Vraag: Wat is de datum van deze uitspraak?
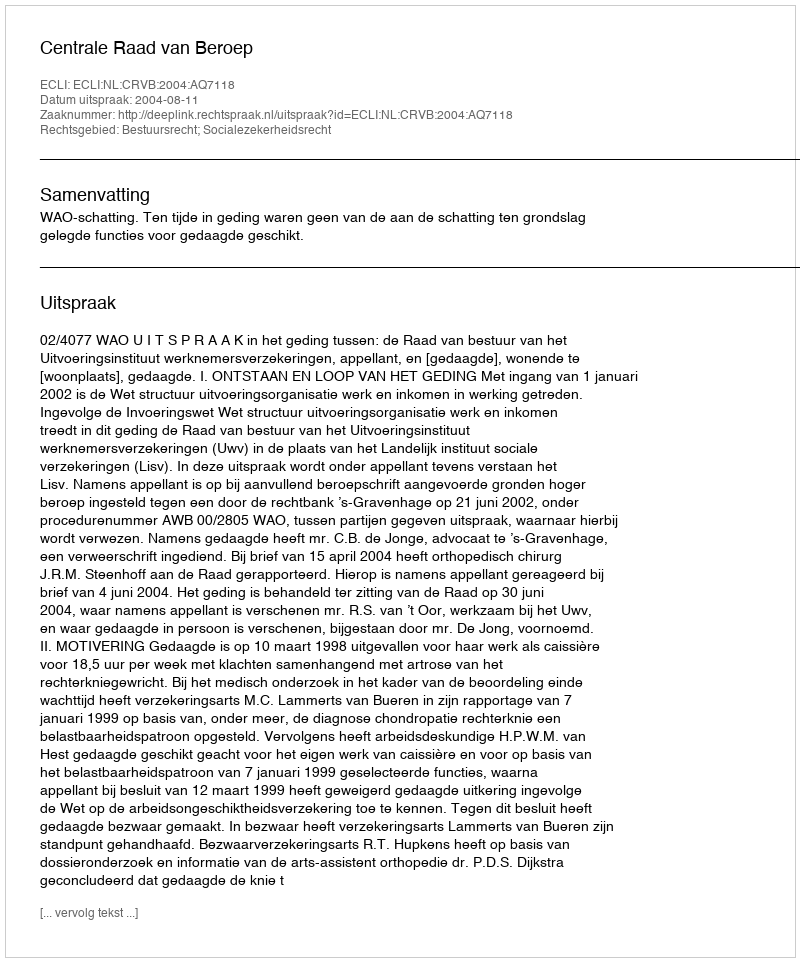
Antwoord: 2004-08-11